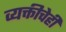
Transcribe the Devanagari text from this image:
व्यक्तीचेही